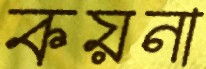
কয়না